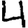
Digit: 4